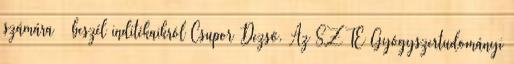
számára – beszél indítékaikról Csupor Dezső. Az SZTE Gyógyszertudományi